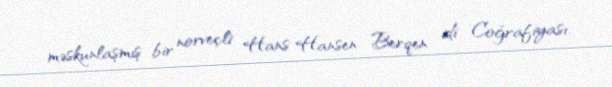
məskunlaşmış bir norveçli Hans Hansen Berqen idi. Coğrafiyası.